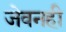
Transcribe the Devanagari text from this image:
जेवनही